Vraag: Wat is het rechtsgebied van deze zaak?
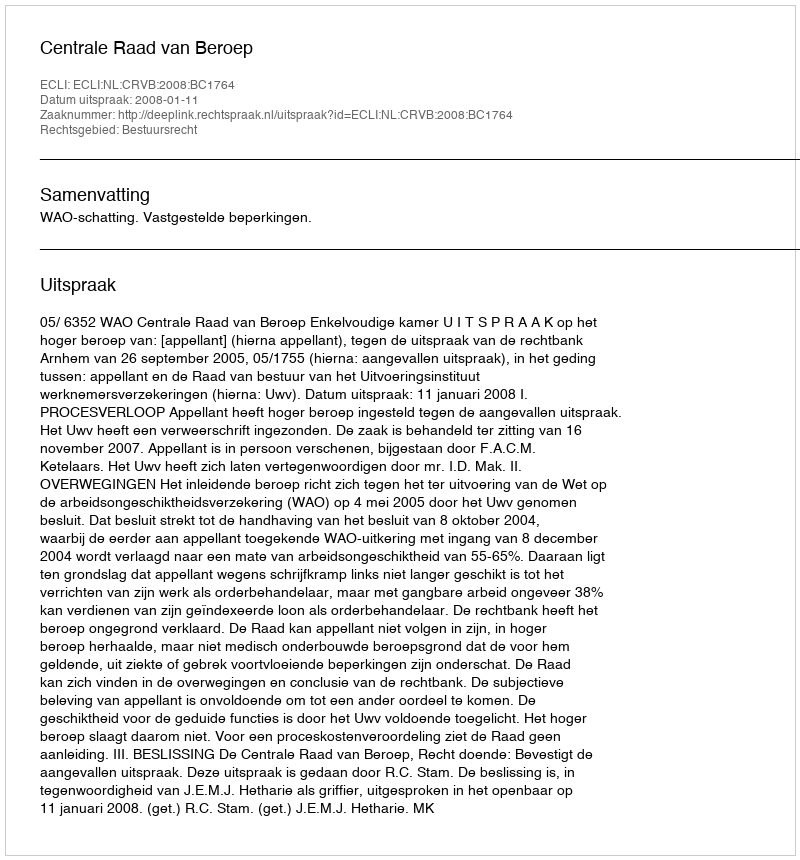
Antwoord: Bestuursrecht